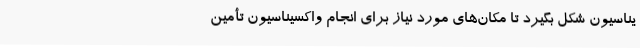
یناسیون شکل بگیرد تا مکان‌های مورد نیاز برای انجام واکسیناسیون تأمین